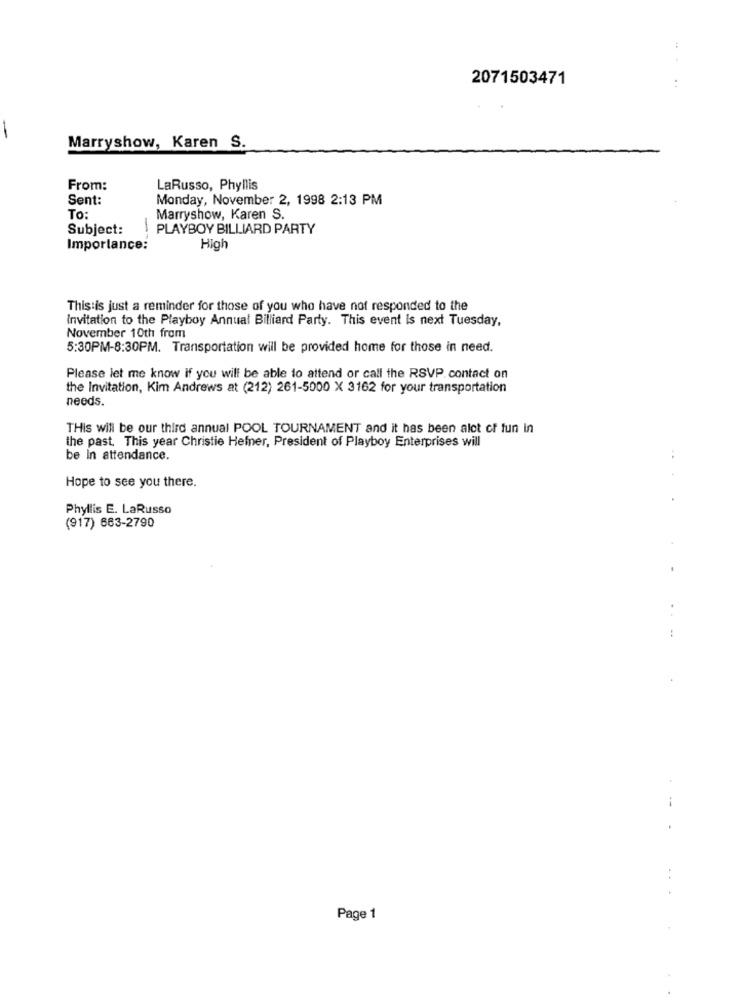
2071503471
..
Marryshow, Karen S.
From:
LaRusso, Phyllis
Sent:
Monday, November 2, 1998 2:13 PM
To:
Marryshow, Karen S.
Subject:
PLAYBOY BILLIARD PARTY
High
Importance:
This is just a reminder for those of you who have not responded to the
Invitation to the Playboy Annual Billiard Party. This event Is next Tuesday,
November 10th from
5:30PM-8:30PM. Transportation will be provided home for those in need.
Please let me know if you will be able to attend or call the RSVP. contact on
the Invitation, Kim Andrews at (212) 261-5000 X 3162 for your transportation
needs.
THis will be our third annual POOL TOURNAMENT and it has been alot of fun in
the past. This year Christie Hefner, President of Playboy Enterprises will
be in attendance.
Hope to see you there.
Phyllis E. LaRusso
(917) 663-2790
Page 1